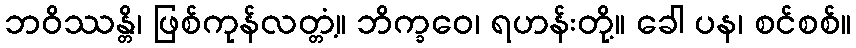
ဘဝိဿန္တိ၊ ဖြစ်ကုန်လတ္တံ့။ ဘိက္ခဝေ၊ ရဟန်းတို့။ ခေါ ပန၊ စင်စစ်။